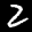
Label: 2